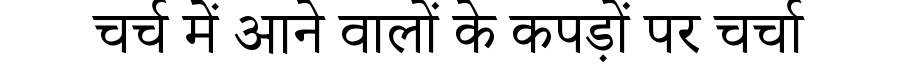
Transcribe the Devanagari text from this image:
चर्च में आने वालों के कपड़ों पर चर्चा